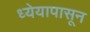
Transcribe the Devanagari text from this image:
ध्येयापासून